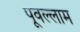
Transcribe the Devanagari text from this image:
पूवेल्लाम